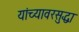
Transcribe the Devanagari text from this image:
यांच्यावरसुद्धा